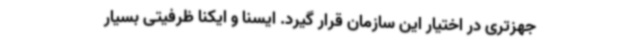
جهزتری در اختیار این سازمان قرار گیرد. ایسنا و ایکنا ظرفیتی بسیار